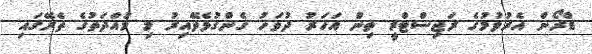
ޑްރޯން އެރުވުމުގެ ރަޖިސްޓްރީ ތިން އަހަރު ދުވަހު ގެންގުޅެވޭއިރު މި މުއްދަތުގެ ތެރޭގައި